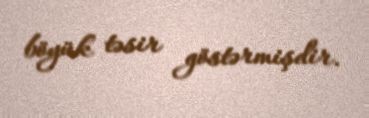
böyük təsir göstərmişdir.